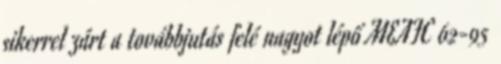
sikerrel zárt a továbbjutás felé nagyot lépő MEAFC 62-95